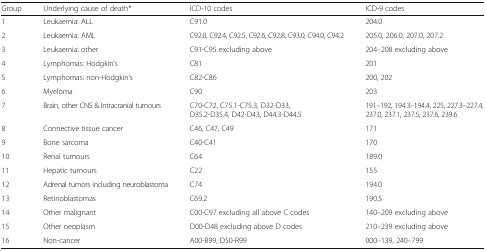
<table><thead><tr><td><b>Group</b></td><td><b>Underlying cause of death*</b></td><td><b>ICD-10 codes</b></td><td><b>ICD-9 codes</b></td></tr></thead><tbody><tr><td>1</td><td>Leukaemia: ALL</td><td>C91.0</td><td>204.0</td></tr><tr><td>2</td><td>Leukaemia: AML</td><td>C92.0, C92.4, C92.5, C92.6, C92.8, C93.0, C94.0, C94.2</td><td>205.0, 206.0, 207.0, 207.2</td></tr><tr><td>3</td><td>Leukaemia: other</td><td>C91-C95 excluding above</td><td>204–208 excluding above</td></tr><tr><td>4</td><td>Lymphomas: Hodgkin’s</td><td>C81</td><td>201</td></tr><tr><td>5</td><td>Lymphomas: non-Hodgkin’s</td><td>C82-C86</td><td>200, 202</td></tr><tr><td>6</td><td>Myeloma</td><td>C90</td><td>203</td></tr><tr><td>7</td><td>Brain, other CNS &amp; Intracranial tumours</td><td>C70-C72, C75.1-C75.3, D32-D33, D35.2-D35.4, D42-D43, D44.3-D44.5</td><td>191–192, 194.3–194.4, 225, 227.3–227.4, 237.0, 237.1, 237.5, 237.6, 239.6</td></tr><tr><td>8</td><td>Connective tissue cancer</td><td>C46, C47, C49</td><td>171</td></tr><tr><td>9</td><td>Bone sarcoma</td><td>C40-C41</td><td>170</td></tr><tr><td>10</td><td>Renal tumours</td><td>C64</td><td>189.0</td></tr><tr><td>11</td><td>Hepatic tumours</td><td>C22</td><td>155</td></tr><tr><td>12</td><td>Adrenal tumors including neuroblastoma</td><td>C74</td><td>194.0</td></tr><tr><td>13</td><td>Retinoblastomas</td><td>C69.2</td><td>190.5</td></tr><tr><td>14</td><td>Other malignant</td><td>C00-C97 excluding all above C codes</td><td>140–209 excluding above</td></tr><tr><td>15</td><td>Other neoplasm</td><td>D00-D48 excluding above D codes</td><td>210–239 excluding above</td></tr><tr><td>16</td><td>Non-cancer</td><td>A00-B99, D50-R99</td><td>000–139, 240–799</td></tr></tbody></table>